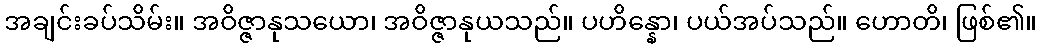
အချင်းခပ်သိမ်း။ အဝိဇ္ဇာနုသယော၊ အဝိဇ္ဇာနုယသည်။ ပဟိန္နော၊ ပယ်အပ်သည်။ ဟောတိ၊ ဖြစ်၏။